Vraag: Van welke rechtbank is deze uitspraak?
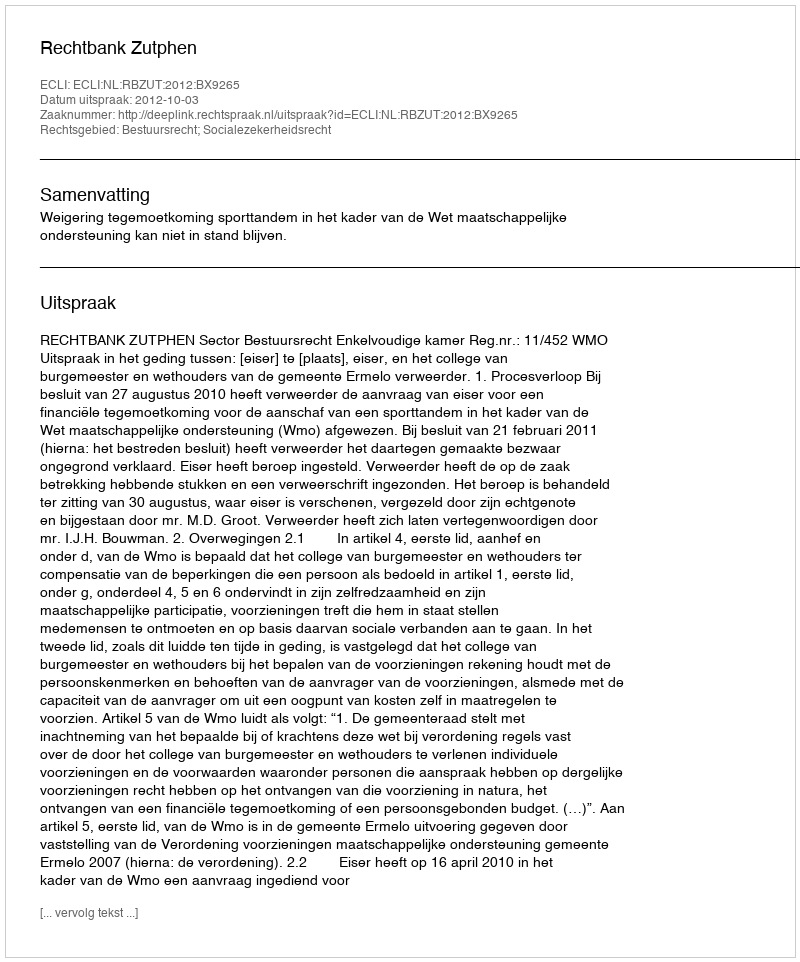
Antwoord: Rechtbank Zutphen